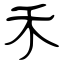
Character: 禾